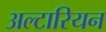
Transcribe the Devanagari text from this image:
अल्टारियन